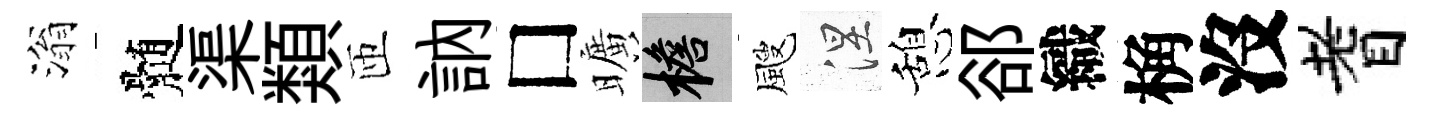
滃髄渠類匝訥□曠檐颼涅憩郤織桷沒耆